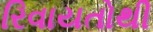
રિવાયતોથી